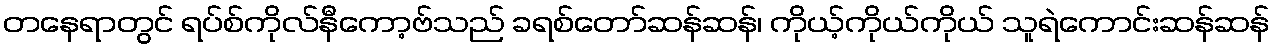
တနေရာတွင် ရပ်စ်ကိုလ်နီကော့ဗ်သည် ခရစ်တော်ဆန်ဆန်၊ ကိုယ့်ကိုယ်ကိုယ် သူရဲကောင်းဆန်ဆန်